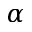
\alpha